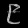
Digit: ၉